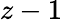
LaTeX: z-1